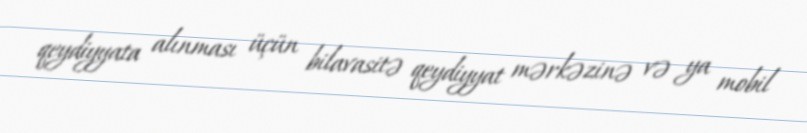
qeydiyyata alınması üçün bilavasitə qeydiyyat mərkəzinə və ya mobil